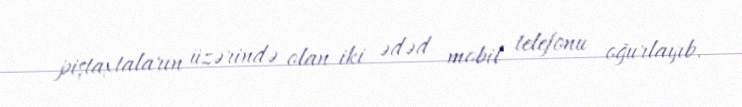
piştaxtaların üzərində olan iki ədəd mobil telefonu oğurlayıb.